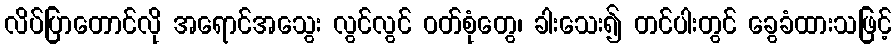
လိပ်ပြာတောင်လို အရောင်အသွေး လွင်လွင် ဝတ်စုံတွေ၊ ခါးသေး၍ တင်ပါးတွင် ခွေခံထားသဖြင့်